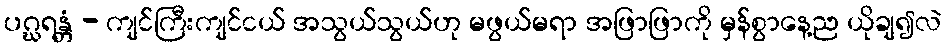
ပဂ္ဃရန္တံ - ကျင်ကြီးကျင်ငယ် အသွယ်သွယ်ဟု မဖွယ်မရာ အဖြာဖြာကို မှန်စွာနေ့ည ယိုချ၍လဲ